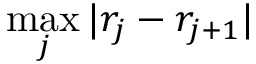
\operatorname* { m a x } _ { j } | r _ { j } - r _ { j + 1 } |